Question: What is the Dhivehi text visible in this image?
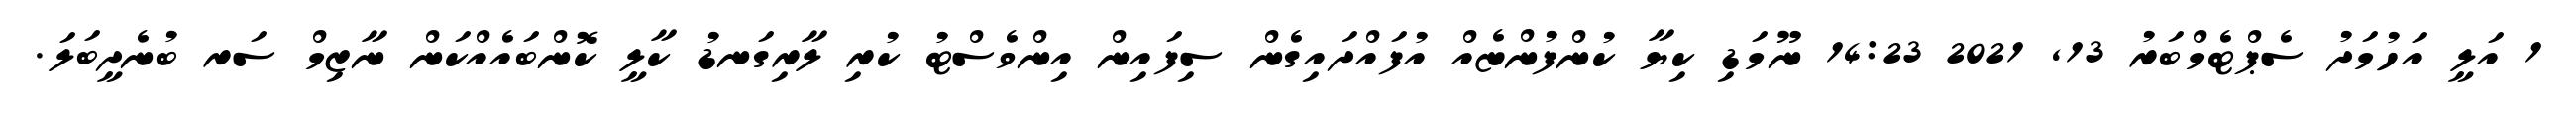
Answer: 1 އަލީ އަހުމަދު ސެޕްޓެމްބަރު 13, 2021 14:23 ނޫމަޑި ކިޔާ ކުންފުންޏެއް އުފައްދައިގެން ސިފައިން އިންވެސްޓު ކުރި ލާރިގަނޑު ކާލީ ކޮންބައެއްކަން ނާޒިމް ސަރ ބުނެދީބަލަ.